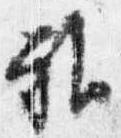
雅